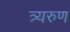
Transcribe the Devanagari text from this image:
त्र्यरुण